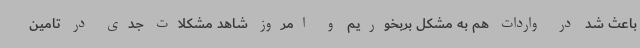
باعث شد در واردات هم به مشکل بربخوریم و امروز شاهد مشکلات جدی در تامین